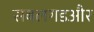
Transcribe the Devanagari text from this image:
सबलगडऔर